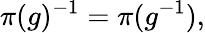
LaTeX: \pi(g)^{-1}=\pi(g^{-1}),